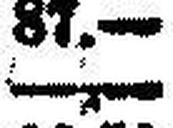
—.—